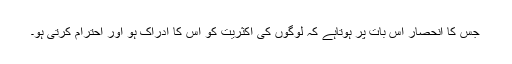
جس کا انحصار اس بات پر ہوتاہے کہ لوگوں کی اکثریت کو اس کا ادراک ہو اور احترام کرتی ہو۔